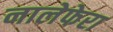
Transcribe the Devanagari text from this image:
नालेफेरा